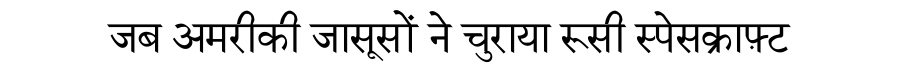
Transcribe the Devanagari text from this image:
जब अमरीकी जासूसों ने चुराया रूसी स्पेसक्राफ़्ट